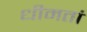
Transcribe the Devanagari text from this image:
धीमतां